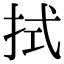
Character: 拭